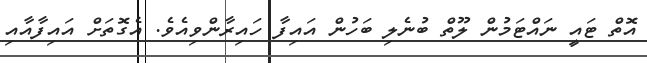
އޮތް ޓައީ ނައްޓަމުން ލޫތް ބުނެލި ބަހުން އައިފާ ހައިރާންވިއެވެ. އެގޮތަށް އައިފާއާއި